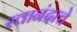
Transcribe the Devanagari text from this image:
स्वानंदाचे